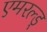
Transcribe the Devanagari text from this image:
एमरल्ड्